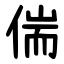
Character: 偳